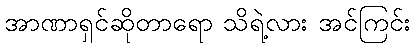
အာဏာရှင်ဆိုတာရော သိရဲ့လား အင်ကြင်း